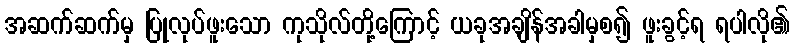
အဆက်ဆက်မှ ပြုလုပ်ဖူးသော ကုသိုလ်တို့ကြောင့် ယခုအချိန်အခါမှစ၍ ဖူးခွင့်ရ ရပါလို၏